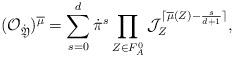
LaTeX: \begin{align*}({\mathcal O}_{\dot{\mathfrak Y}})^{\overline{\mu}}=\sum_{s=0}^d\dot{\pi}^s\prod_{Z\in F^0_{A}}{\mathcal J}_{Z}^{\lceil\overline{\mu}(Z)-\frac{s}{d+1}\rceil},\end{align*}